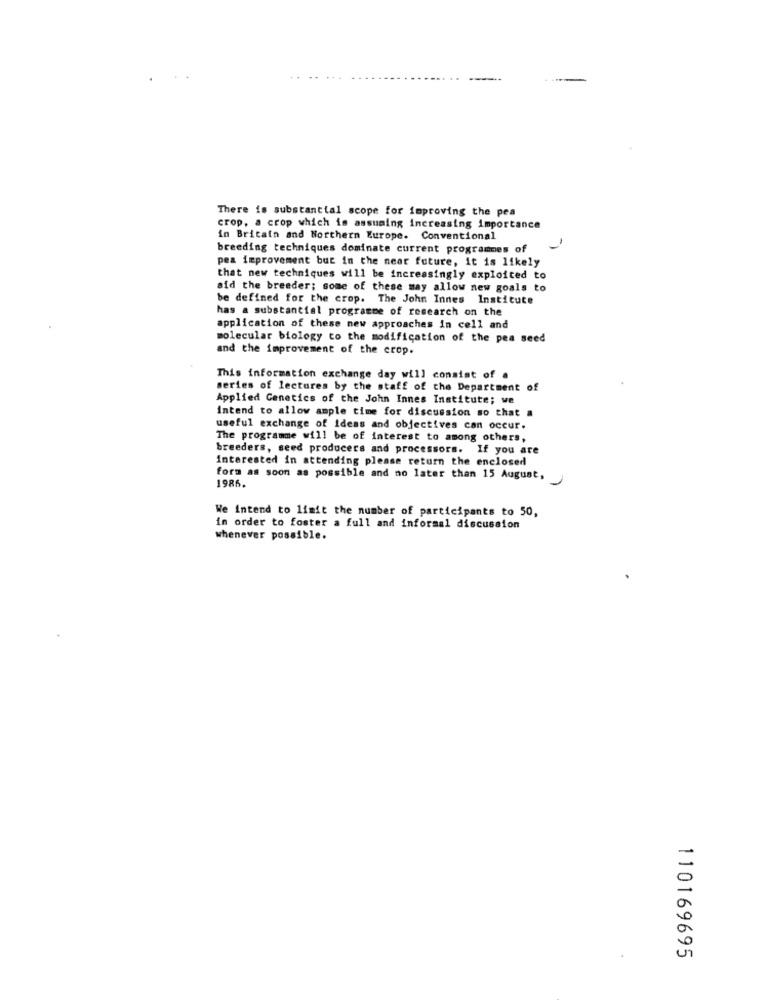
There is substantial scope for improving the pea
crop, a crop which is assuming increasing importance
in Britain and Northern Europe. Conventional
breeding techniques dominate current programmes of
pea improvement but in the near future, it is likely
that new techniques will be increasingly exploited to
aid the breeder; some of these may allow new goals to
be defined for the crop. The John Innes Institute
has a substantial programme of research on the
application of these new approaches in cell and
molecular biology to the modification of the pea seed
and the improvement of the crop.
This information exchange day will consist of a
series of lectures by the staff of the Department of
Applied Genetics of the John Innes Institute; we
Intend to allow ample time for discussion so that a
useful exchange of Ideas and objectives can occur.
The programme will be of interest to among others,
breeders, seed producers and processors. If you are
Interested in attending please return the enclosed
form as soon as possible and no later than 15 August,
1986.
We Intend to limit the number of participants to 50,
in order to foster a full and informal discussion
whenever possible.
110169695